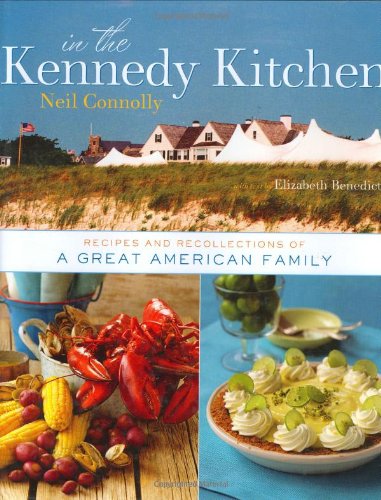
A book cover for In the Kennedy Kitchen: Recipes and Recollections of a Great American Family; Neil Connolly; Cookbooks, Food & Wine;